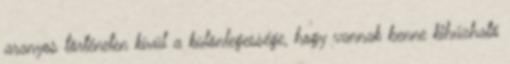
aranyos történeten kívül a különlegessége, hogy vannak benne kihúzható